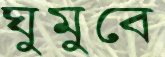
ঘুমুবে